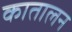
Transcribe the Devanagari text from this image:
कातालन